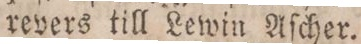
revers till Lewin Aſcher.